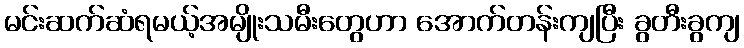
မင်းဆက်ဆံရမယ့်အမျိုးသမီးတွေဟာ အောက်တန်းကျပြီး ခွတီးခွကျ